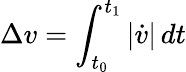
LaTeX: \Delta{v}=\int_{t_{0}}^{t_{1}}\left|{\dot{v}}\right|\, dt